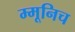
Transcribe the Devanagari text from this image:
म्मूनिच